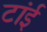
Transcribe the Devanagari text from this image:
टांई